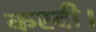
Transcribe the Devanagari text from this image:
करदी।